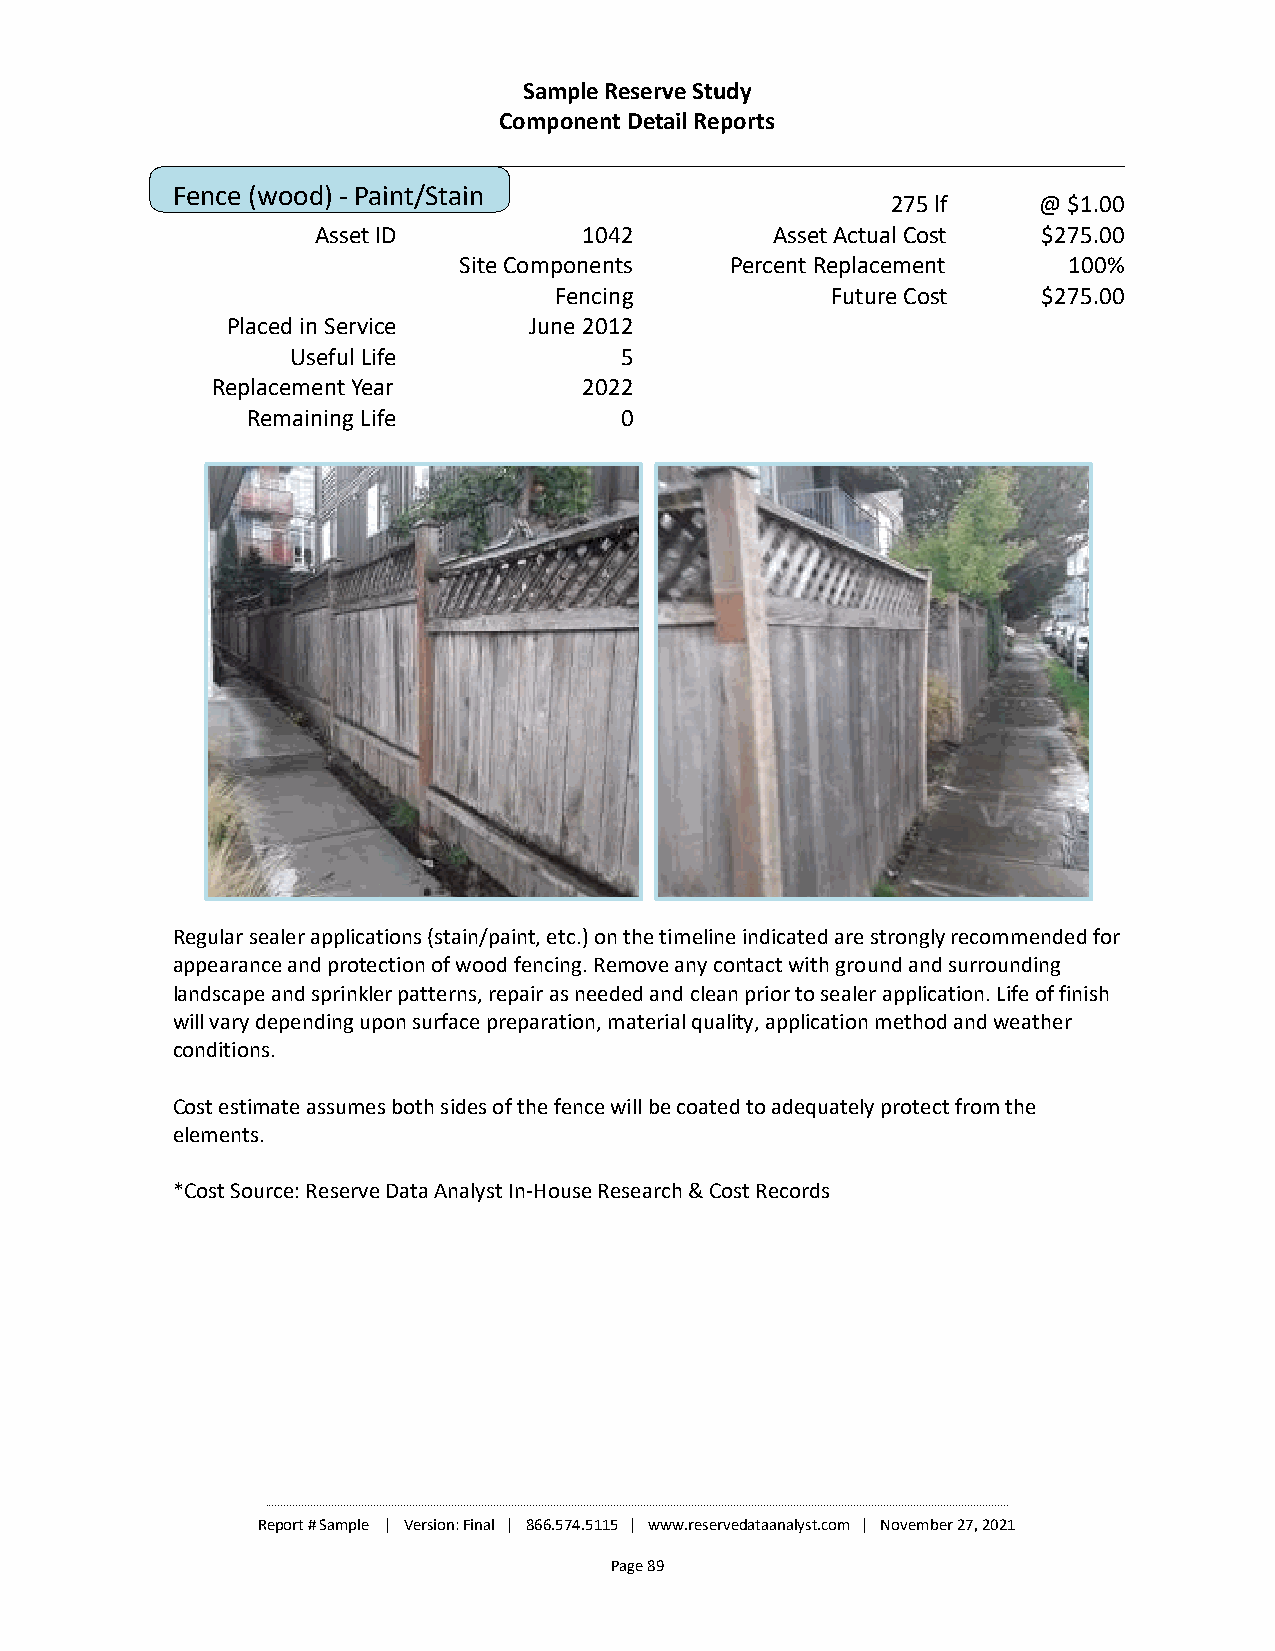
Sample Reserve Study
 Component Detail Reports
 Fence (wood) - Paint/Stain
 275 lf    @ $1.00
 Asset ID          1042        Asset Actual Cost $275.00
 Site Components   Percent Replacement    100%
 Fencing           Future Cost   $275.00
 Placed in Service   June 2012
 Useful Life           5
 Replacement Year         2022
 Remaining Life           0
 Regular sealer applications (stain/paint, etc.) on the timeline indicated are strongly recommended for
 appearance and protection of wood fencing. Remove any contact with ground and surrounding
 landscape and sprinkler patterns, repair as needed and clean prior to sealer application. Life of finish
 will vary depending upon surface preparation, material quality, application method and weather
 conditions.
 Cost estimate assumes both sides of the fence will be coated to adequately protect from the
 elements.
 *Cost Source: Reserve Data Analyst In-House Research & Cost Records
 ________________________________________________________________________________________________________________________________________________________________________________________________________________________________________________________
 Report # Sample | Version: Final | 866.574.5115 | www.reservedataanalyst.com | November 27, 2021
 Page 89